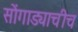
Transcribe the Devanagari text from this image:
सोंगाड्याचीच